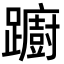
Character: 躕